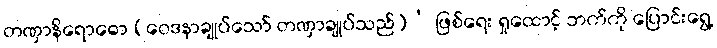
တဏှာနိရောဓော (ဝေဒနာချုပ်သော် တဏှာချုပ်သည်)’ ဖြစ်ရေး ရှုထောင့် ဘက်ကို ပြောင်းရွေ့